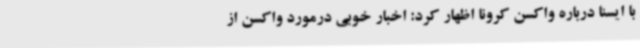
با ایسنا درباره واکسن کرونا اظهار کرد: اخبار خوبی درمورد واکسن از